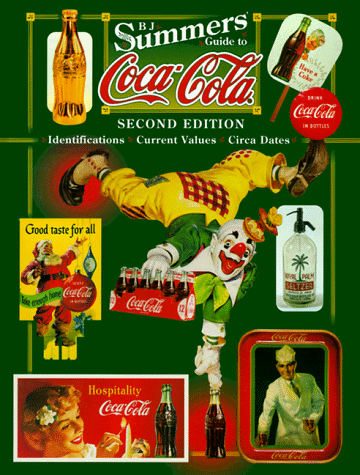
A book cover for B.J. Summers' Guide to Coca-Cola: Identifications Current Values Circa Dates (2nd ed); B. J. Summers; Crafts, Hobbies & Home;